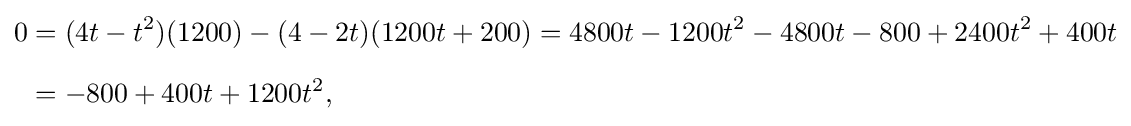
{\begin{aligned}0&=(4t-t^{2})(1200)-(4-2t)(1200t+200)=4800t-1200t^{2}-4800t-800+2400t^{2}+400t\\[6pt]&=-800+400t+1200t^{2},\end{aligned}}